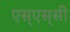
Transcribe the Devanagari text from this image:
एस्‌एस्‌सी